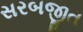
સરબજીત